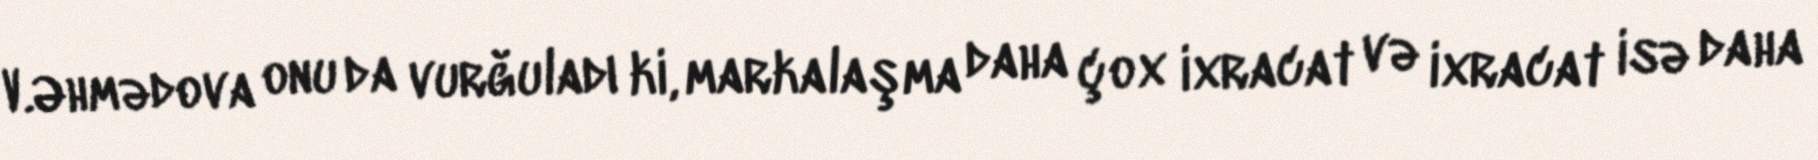
V.Əhmədova onu da vurğuladı ki, markalaşma daha çox ixracat və ixracat isə daha